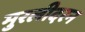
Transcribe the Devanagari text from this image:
मुरलीदरन